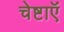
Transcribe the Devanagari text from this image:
चेष्टाऍं